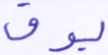
يوق